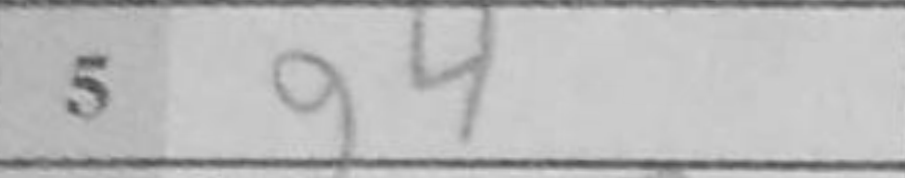
Transcription: g4